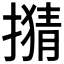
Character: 𢴘